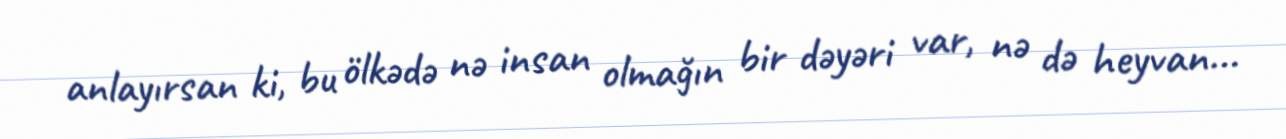
anlayırsan ki, bu ölkədə nə insan olmağın bir dəyəri var, nə də heyvan...